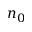
n _ { 0 }